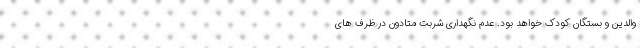
والدین و بستگان کودک خواهد بود. عدم نگهداری شربت متادون در ظرف های